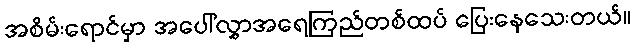
အစိမ်းရောင်မှာ အပေါ်လွှာအရေကြည်တစ်ထပ် ပြေးနေသေးတယ်။